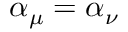
\alpha _ { \mu } = \alpha _ { \nu }